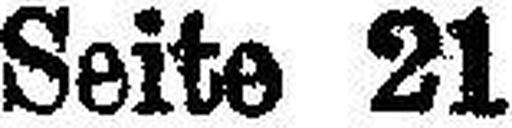
Seite 21